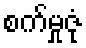
စက်မှုဇုံ